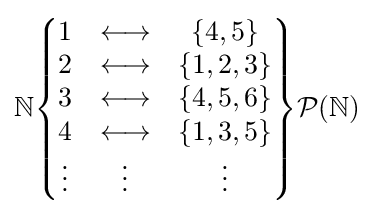
\mathbb {N} {\begin{Bmatrix}1&\longleftrightarrow &\{4,5\}\\2&\longleftrightarrow &\{1,2,3\}\\3&\longleftrightarrow &\{4,5,6\}\\4&\longleftrightarrow &\{1,3,5\}\\\vdots &\vdots &\vdots \end{Bmatrix}}{\mathcal {P}}(\mathbb {N} )